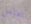
تعامل